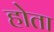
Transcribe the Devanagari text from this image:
होेता